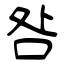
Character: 咎